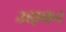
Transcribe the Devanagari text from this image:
उडा़कर